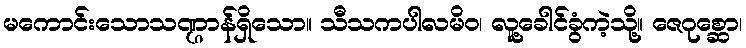
မကောင်းသောသဏ္ဌာန်ရှိသော။ သီသကပါလမိဝ၊ လူ့ခေါင်ခွံကဲ့သို့။ ဇေဂုစ္ဆော၊